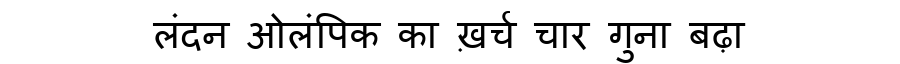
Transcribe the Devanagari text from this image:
लंदन ओलंपिक का ख़र्च चार गुना बढ़ा